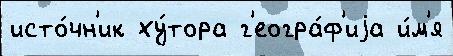
исто́чн'ик ху́тора г'еогра́ф'иjа и́м'я